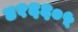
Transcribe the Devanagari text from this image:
४१६६०५